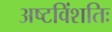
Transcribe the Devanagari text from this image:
अष्टविंशतिः